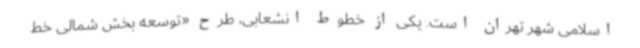
اسلامی شهر تهران است. یکی از خطوط انشعابی، طرح «توسعه بخش شمالی خط